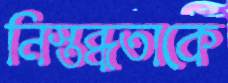
নিস্তব্ধতাকে